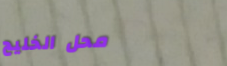
محل الخليج